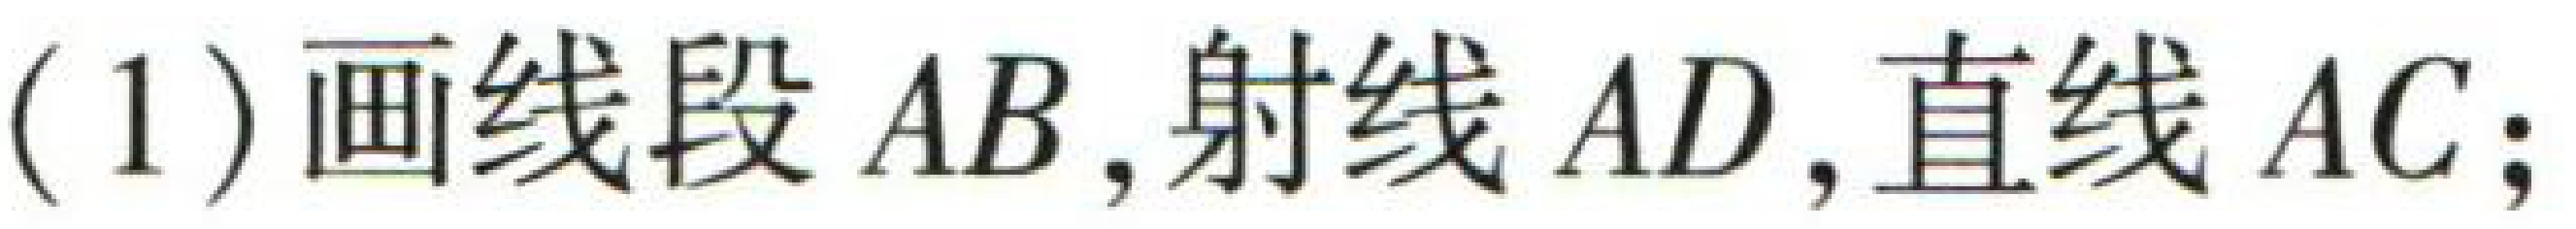
(1) 画线段 \(AB\)，射线 \(AD\)，直线 \(AC\)；